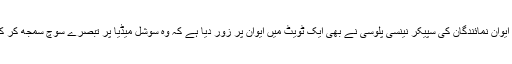
اُدھر ایوان نمائندگان کی سپیکر نینسی پلوسی نے بھی ایک ٹویٹ میں ایوان پر زور دیا ہے کہ وہ سوشل میڈیا پر تبصرے سوچ سمجھ کر کریں۔